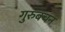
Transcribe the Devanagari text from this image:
गुरुबचन